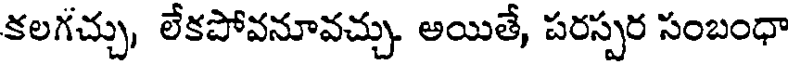
కలగచ్చు, లేకపోవనూవచ్చు. అయితే, పరస్పర సంబంధా